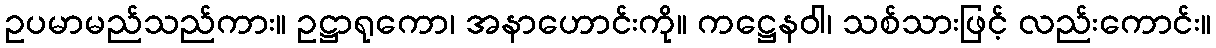
ဥပမာမည်သည်ကား။ ဥဋ္ဌာရုကော၊ အနာဟောင်းကို။ ကဋ္ဌေနဝါ၊ သစ်သားဖြင့် လည်းကောင်း။